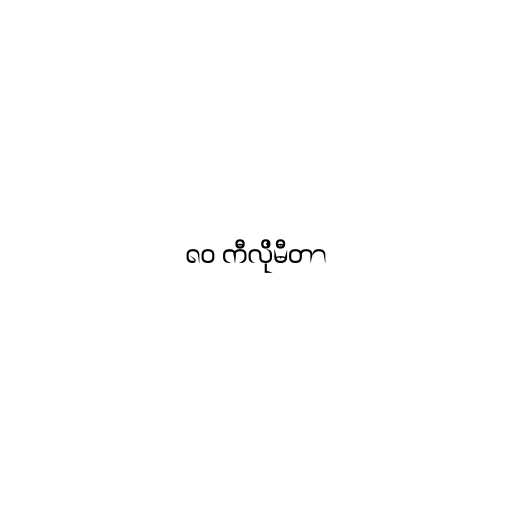
၈၀ ကီလိုမီတာ